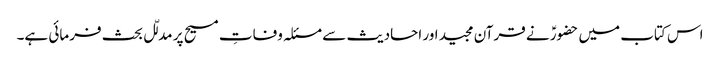
اس کتاب میں حضورؑ نے قرآن مجید اور احادیث سے مسئلہ وفاتِ مسیح پر مدلّل بحث فرمائی ہے۔